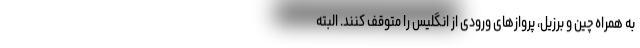
به همراه چین و برزیل، پروازهای ورودی از انگلیس را متوقف کنند. البته